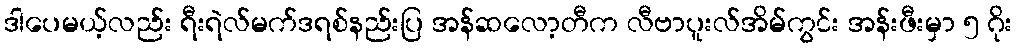
ဒါပေမယ့်လည်း ရီးရဲလ်မက်ဒရစ်နည်းပြ အန်ဆလော့တီက လီဗာပူးလ်အိမ်ကွင်း အန်းဖီးမှာ ၅ ဂိုး